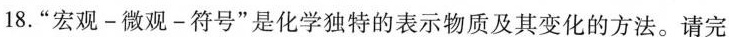
18.”宏观-微观-符号”是化学独特的表示物质及其变化的方法。请完